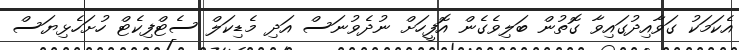
އެކަމަކު ގަވާއިދުގައިވާ ގޮތުން ބަލިވެގެން އޮފީހަށް ނުދެވުނަސް އަދި މެޑިކަލް ސެޓްފިކެޓް ހުށަހެޅިޔަސް